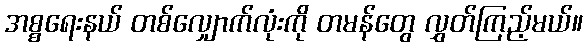
အစ္စရေးနယ် တစ်လျှောက်လုံးကို တမန်တွေ လွှတ်ကြည့်မယ်။